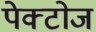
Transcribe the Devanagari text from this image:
पेक्टोज